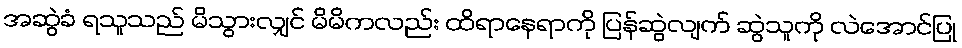
အဆွဲခံ ရသူသည် မိသွားလျှင် မိမိကလည်း ထိရာနေရာကို ပြန်ဆွဲလျက် ဆွဲသူကို လဲအောင်ပြု